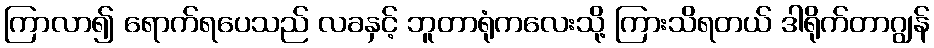
ကြာလာ၍ ရောက်ရပေသည် လခနှင့် ဘူတာရုံကလေးသို့ ကြားသိရတယ် ဒါရိုက်တာဂျွန်